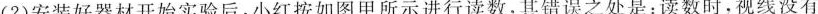
(2)安装好器材开始实验后，小红按如图甲所示进行读数，其错误之处是：读数时，视线没有